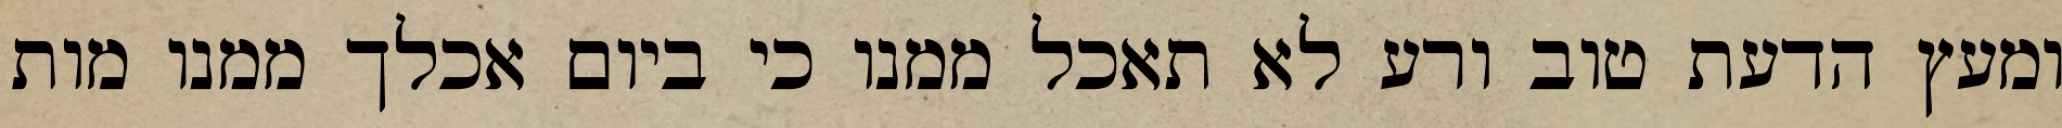
ומעץ הדעת טוב ורע לא תאכל ממנו כי ביום אכלך ממנו מות